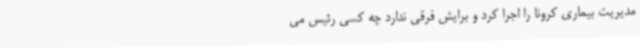
مدیریت بیماری کرونا را اجرا کرد و برایش فرقی ندارد چه کسی رئیس می